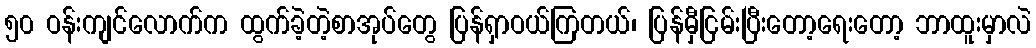
၅၀ ဝန်းကျင်လောက်က ထွက်ခဲ့တဲ့စာအုပ်တွေ ပြန်ရှာဝယ်ကြတယ်၊ ပြန်မှီငြမ်းပြီးတော့ရေးတော့ ဘာထူးမှာလဲ